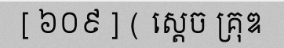
[ ៦០៩ ] ( ស្តេច គ្រុឌ